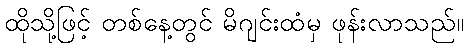
ထိုသို့ဖြင့် တစ်နေ့တွင် မိဂျင်းထံမှ ဖုန်းလာသည်။